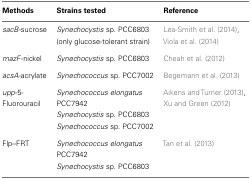
<table><thead><tr><td><b>Methods</b></td><td><b>Strains tested</b></td><td><b>Reference</b></td></tr></thead><tbody><tr><td><i>sacB</i>-sucrose</td><td><i>Synechocystis</i> sp. PCC6803 (only glucose-tolerant strain)</td><td>Lea-Smith et al. (2014), Viola et al. (2014)</td></tr><tr><td><i>mazF</i>-nickel</td><td><i>Synechocystis</i> sp. PCC6803</td><td>Cheah et al. (2012)</td></tr><tr><td><i>acsA</i>-acrylate</td><td><i>Synechococcus</i> sp. PCC7002</td><td>Begemann et al. (2013)</td></tr><tr><td><i>upp</i>-5-Fluorouracil</td><td><i>Synechococcus elongatus</i> PCC7942</td><td>Aikens and Turner (2013), Xu and Green (2012)</td></tr><tr><td></td><td><i>Synechocystis</i> sp. PCC6803</td><td></td></tr><tr><td></td><td><i>Synechococcus</i> sp. PCC7002</td><td></td></tr><tr><td>Flp–FRT</td><td><i>Synechococcus elongatus</i> PCC7942</td><td>Tan et al. (2013)</td></tr><tr><td></td><td><i>Synechocystis</i> sp. PCC6803</td><td></td></tr></tbody></table>